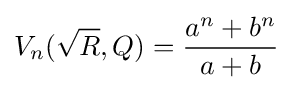
V_{n}({\sqrt {R}},Q)={\frac {a^{n}+b^{n}}{a+b}}